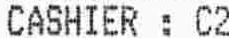
CASHIER : C2